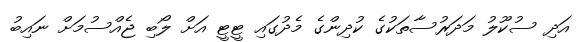
އަދި ސުކޫލު މަދަރުސާތަކުގެ ކުދިންގެ މެދުގައި ޓީޓީ އަށް ލޯބި ޖެއްސުމަށް ނައިބު